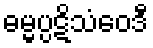
ဓမ္မပ္ပဋိသံဝေဒီ